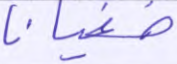
طغيانا